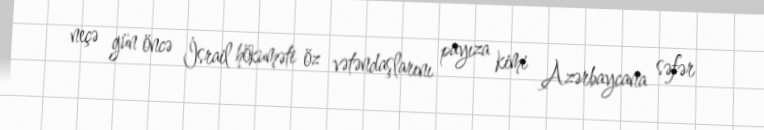
neçə gün öncə İsrail hökuməti öz vətəndaşlarını payıza kimi Azərbaycana səfər